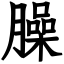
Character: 臊